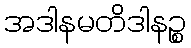
အဒါနမတိဒါနဉ္စ